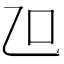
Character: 𠮞